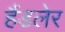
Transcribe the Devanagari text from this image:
हैंडलेर